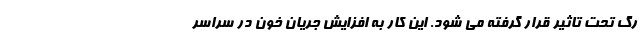
رگ تحت تاثیر قرار گرفته می شود. این کار به افزایش جریان خون در سراسر